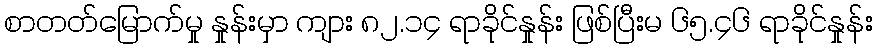
စာတတ်မြောက်မှု နှုန်းမှာ ကျား ၈၂.၁၄ ရာခိုင်နှုန်း ဖြစ်ပြီးမ ၆၅.၄၆ ရာခိုင်နှုန်း